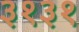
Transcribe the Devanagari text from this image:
३१३१